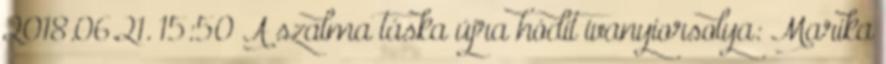
2018.06.21. 15:50 A szalma táska újra hódít ivanyiorsolya: Marika